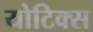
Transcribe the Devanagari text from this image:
योटिक्स